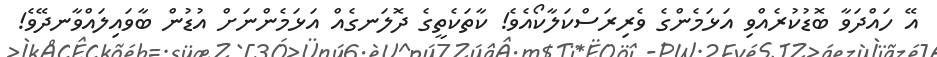
އޭ ހައްދަވާ ބޮޑުކުރެއްވި އަޅަމެންގެ ވެރިރަސްކަލާކޯއެވެ! ކާތަކެތީގެ ދޮލަނގެއް އަޅަމެންނަށް އުޑުން ބާވައިލައްވާނދޭވެ!